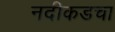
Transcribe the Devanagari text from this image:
नदीकडचा